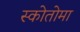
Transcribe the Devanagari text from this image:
स्कोतोमा